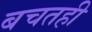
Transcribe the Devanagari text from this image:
बचतही